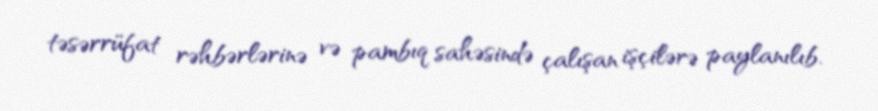
təsərrüfat rəhbərlərinə və pambıq sahəsində çalışan işçilərə paylanılıb.